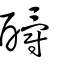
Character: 釂